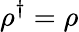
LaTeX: \rho^{\dagger}=\rho